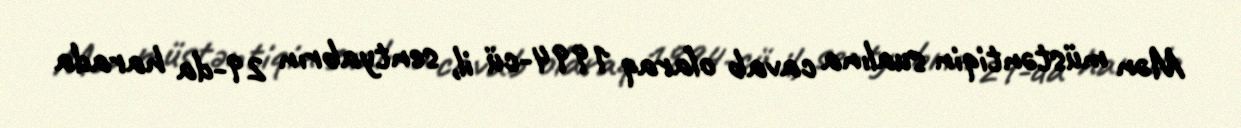
Mən müstəntiqin sualına cavab olaraq 1994-cü il, sentyabrın 29-da harada